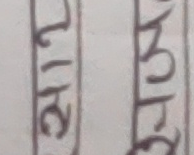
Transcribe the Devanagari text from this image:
२१७ अंग